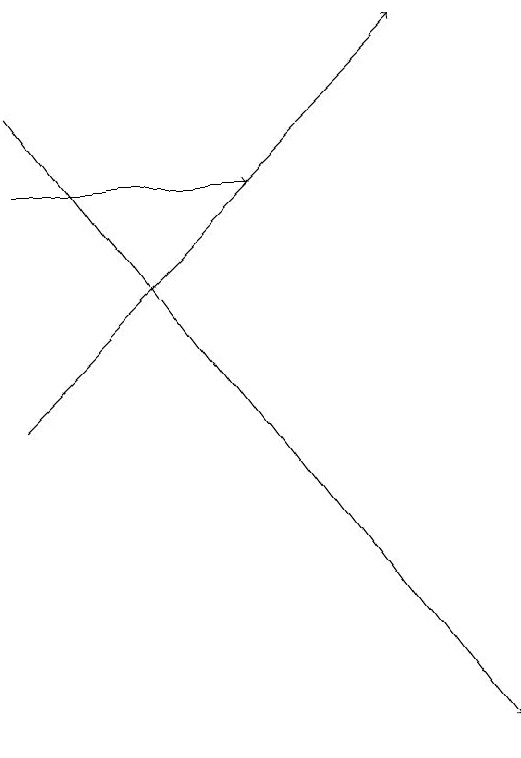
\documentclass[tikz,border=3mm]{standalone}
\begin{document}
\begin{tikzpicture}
\draw[->] (2,17) -- (5,17);
\draw[->] (2,14) -- (7,19);
\draw[->] (2,18) -- (8,10);
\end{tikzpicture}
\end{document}